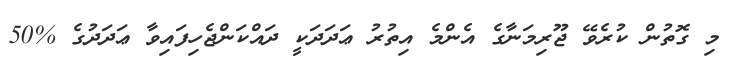
މި ގޮތުން ކުރެވޭ ޖޫރިމަނާގެ އެންމެ އިތުރު ޢަދަދަކީ ދައްކަންޖެހިފައިވާ ޢަދަދުގެ %50